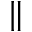
\parallel